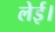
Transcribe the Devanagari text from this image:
लेई।